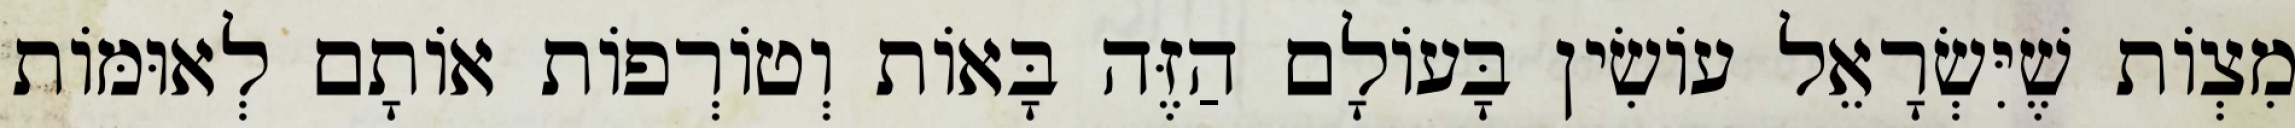
מִצְוֹת שֶׁיִּשְׂרָאֵל עוֹשִׂין בָּעוֹלָם הַזֶּה בָּאוֹת וְטוֹרְפוֹת אוֹתָם לְאוּמּוֹת